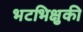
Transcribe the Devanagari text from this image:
भटभिक्षुकी